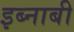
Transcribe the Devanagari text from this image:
इब्नाबी